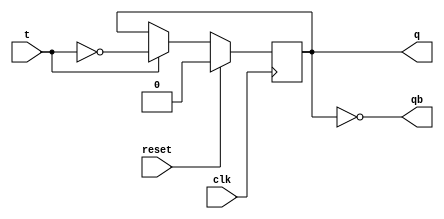
`timescale 1ns / 1ps
//////////////////////////////////////////////////////////////////////////////////
// Company: 
// Engineer: 
// 
// Design Name: 
// Module Name: TFF
// Project Name: 
// Target Devices: 
// Tool Versions: 
// Description: 
// 
// Dependencies: 
// 
// Revision:
// Revision 0.01 - File Created
// Additional Comments:
// 
//////////////////////////////////////////////////////////////////////////////////


module TFF(clk,reset,t,q,qb);
input t,reset,clk;
output reg q;
output qb;

always@(posedge clk)
begin
if(reset)
begin
q<=0;
end
else if(t)
begin
q <= (~t);end
else
begin
q<=q;end
end
assign qb = ~q;
endmodule